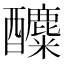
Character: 𨣿